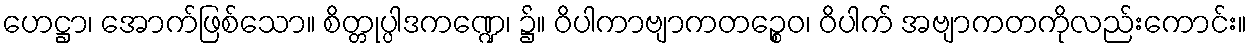
ဟေဋ္ဌာ၊ အောက်ဖြစ်သော။ စိတ္တုပ္ပါဒကဏ္ဍေ၊ ၌။ ဝိပါကာဗျာကတဉ္စေဝ၊ ဝိပါက် အဗျာကတကိုလည်းကောင်း။